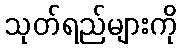
သုတ်ရည်များကို